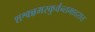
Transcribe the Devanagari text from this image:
शश्वन्नमस्कुर्वन्तमादरात्